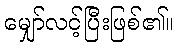
မျှော်လင့်ပြီးဖြစ်၏။